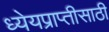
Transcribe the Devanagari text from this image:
ध्येयप्राप्तीसाठी